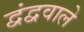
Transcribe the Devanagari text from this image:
द्वंद्ववाले